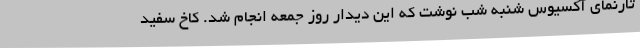
تارنمای آکسیوس شنبه شب نوشت که این دیدار روز جمعه انجام شد. کاخ سفید